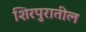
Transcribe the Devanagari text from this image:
शिरपुरातील